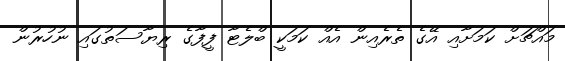
މައްޗަށް ކަމަށާއި އޭގެ ތެރެއިން އެއް ކަމަކީ ބްލެޓާ ފީފާގެ ރިޔާސަތުގައި ނުހުރުން